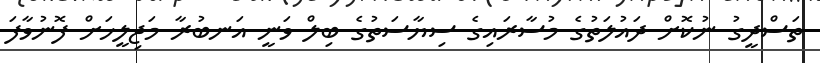
ތަސްދީގު ނުކޮށް ދައުލަތުގެ މުސާރައިގެ ސިޔާސަތުގެ ބިލް ވަނީ އަނބުރާ މަޖިލީހަށް ފޮނުވާފަ